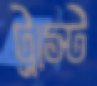
ট্রাস্ট